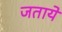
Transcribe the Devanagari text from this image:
जताये